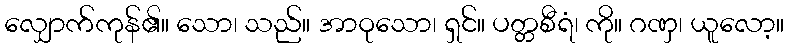
လျှောက်ကုန်၏။ သော၊ သည်။ အာဝုသော၊ ရှင်။ ပတ္တစီရံ၊ ကို။ ဂဏှ၊ ယူလော့။